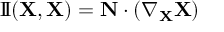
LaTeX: \operatorname { I \! I } ( \mathbf { X } , \mathbf { X } ) = \mathbf { N } \cdot ( \nabla _ { \mathbf { X } } \mathbf { X } )